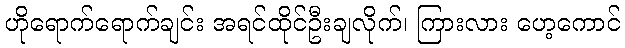
ဟိုရောက်ရောက်ချင်း အရင်ထိုင်ဦးချလိုက်၊ ကြားလား ဟေ့ကောင်